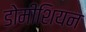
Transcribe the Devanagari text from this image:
डोमीशियन